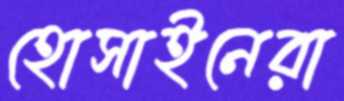
হোসাইনেরা